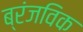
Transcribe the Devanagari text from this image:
ब्रंजविक